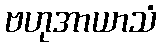
ဗဟုအာယာသံ